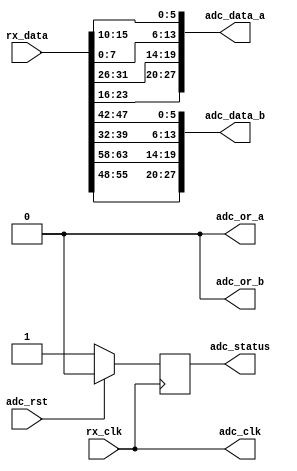
module axi_ad9250_if (

  // jesd interface 
  // rx_clk is (line-rate/40)

  rx_clk,
  rx_data,

  // adc data output

  adc_clk,
  adc_rst,
  adc_data_a,
  adc_data_b,
  adc_or_a,
  adc_or_b,
  adc_status);

  // jesd interface 
  // rx_clk is (line-rate/40)

  input           rx_clk;
  input   [63:0]  rx_data;

  // adc data output

  output          adc_clk;
  input           adc_rst;
  output  [27:0]  adc_data_a;
  output  [27:0]  adc_data_b;
  output          adc_or_a;
  output          adc_or_b;
  output          adc_status;

  // internal registers

  reg             adc_status = 'd0;

  // internal signals

  wire    [15:0]  adc_data_a_s1_s;
  wire    [15:0]  adc_data_a_s0_s;
  wire    [15:0]  adc_data_b_s1_s;
  wire    [15:0]  adc_data_b_s0_s;

  // adc clock is the reference clock

  assign adc_clk = rx_clk;
  assign adc_or_a = 1'b0;
  assign adc_or_b = 1'b0;

  // adc channels

  assign adc_data_a = {adc_data_a_s1_s[13:0], adc_data_a_s0_s[13:0]};
  assign adc_data_b = {adc_data_b_s1_s[13:0], adc_data_b_s0_s[13:0]};

  // data multiplex

  assign adc_data_a_s1_s = {rx_data[25:24], rx_data[23:16], rx_data[31:26]}; 
  assign adc_data_a_s0_s = {rx_data[ 9: 8], rx_data[ 7: 0], rx_data[15:10]};
  assign adc_data_b_s1_s = {rx_data[57:56], rx_data[55:48], rx_data[63:58]}; 
  assign adc_data_b_s0_s = {rx_data[41:40], rx_data[39:32], rx_data[47:42]};

  // status

  always @(posedge rx_clk) begin
    if (adc_rst == 1'b1) begin
      adc_status <= 1'b0;
    end else begin
      adc_status <= 1'b1;
    end
  end

endmodule